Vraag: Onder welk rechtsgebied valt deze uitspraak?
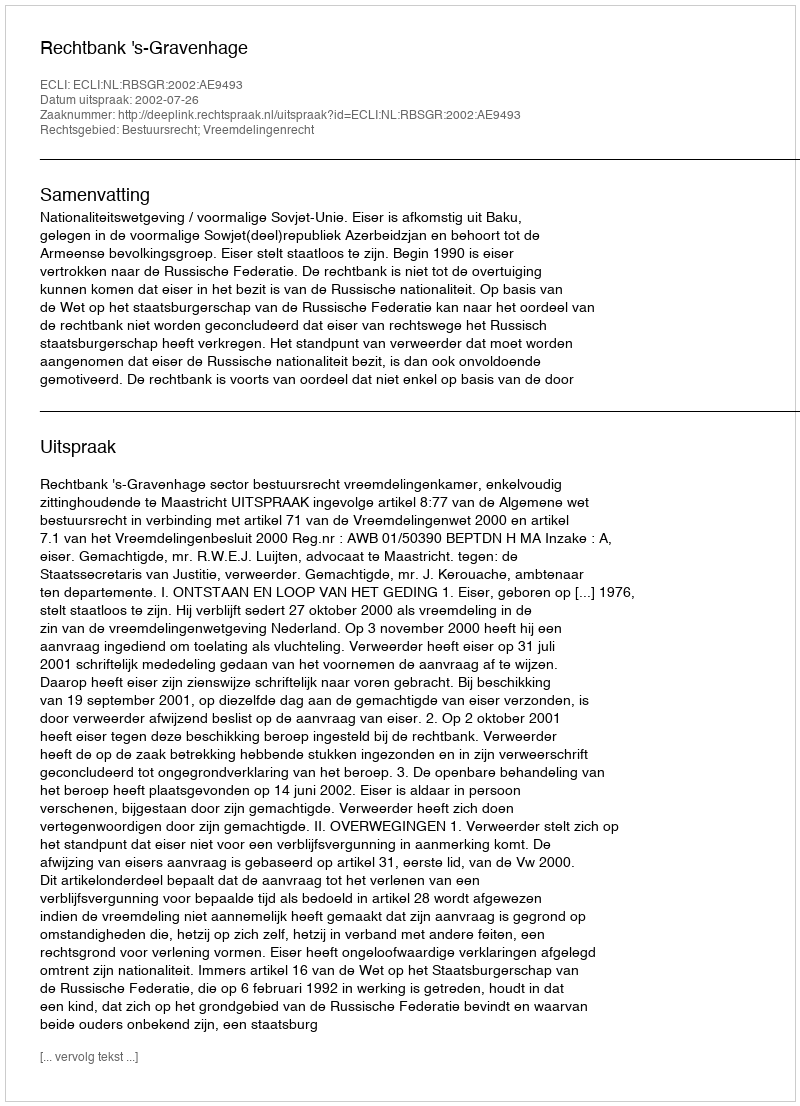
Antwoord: Bestuursrecht; Vreemdelingenrecht